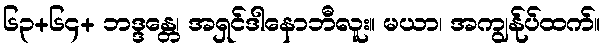
၆၃+၆၄+ ဘဒ္ဒန္တေ၊ အရှင်ဒါနောဘီလူး။ မယာ၊ အကျွန်ုပ်ထက်။